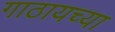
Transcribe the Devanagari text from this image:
गाठायच्या